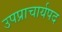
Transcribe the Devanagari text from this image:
उपप्राचार्यपद